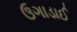
ઉગાડાઈ